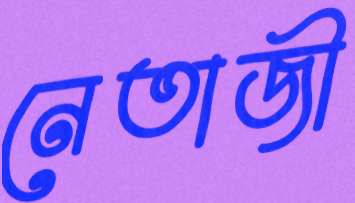
নেতাজী